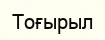
Тоғырыл